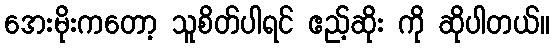
အေးမိုးကတော့ သူစိတ်ပါရင် ဧည့်ဆိုး ကို ဆိုပါတယ်။